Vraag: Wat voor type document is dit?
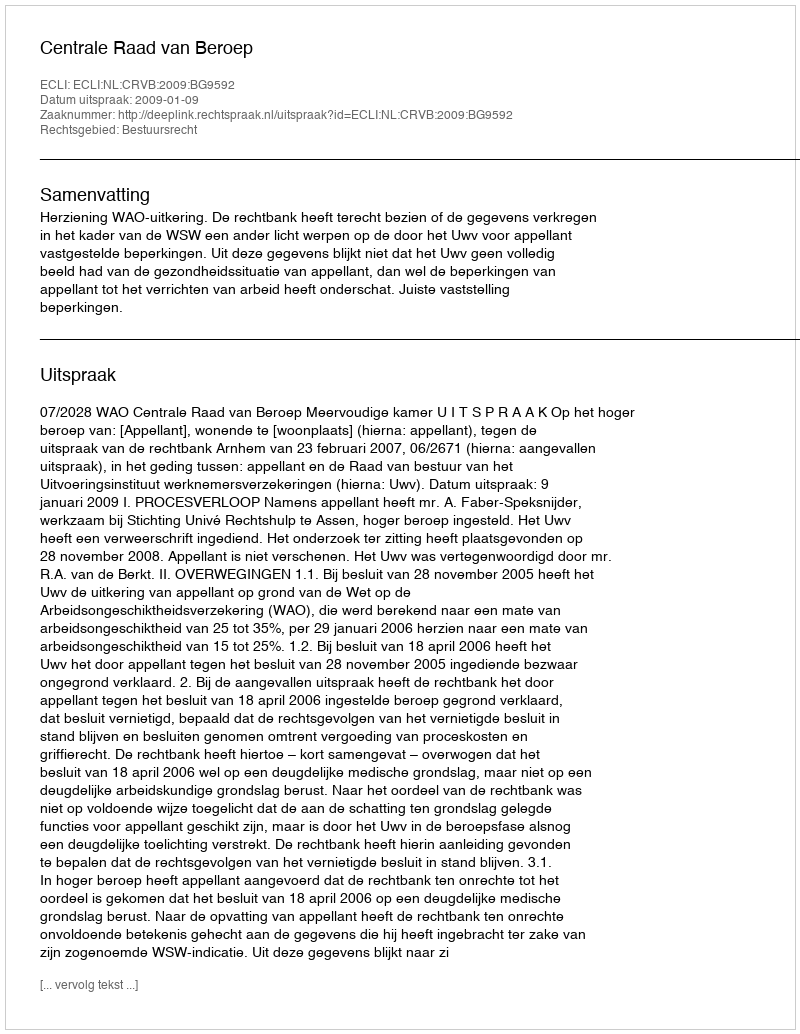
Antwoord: Uitspraak